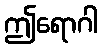
ဤရောဂါ